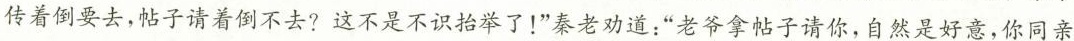
传着倒要去，帖子请着例不去?这不是不识抬举了！”秦老劝道：”老爷拿帖子请你，自然是好意，你同亲